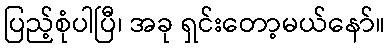
ပြည့်စုံပါပြီ၊ အခု ရှင်းတော့မယ်နော်။